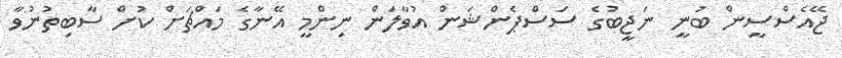
ޖޭއެސްސީން ބުނީ ނަޖީބުގެ ސަސްޕެންޝަން އުވާލަން ނިންމީ އޭނާގެ މައްޗަށް ކުށް ސާބިތުނުވާ